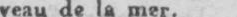
veau de la mer.